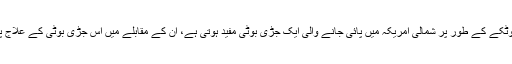
ایک تحقیق کے مطابق ان لوگوں کو جو یقین رکھتے ہیں کہ زکام سے بچاؤ‌کے لیے ہربل ٹوٹکے کے طور پر شمالی امریکہ میں پائی جانے والی ایک جڑی بوٹی مفید ہوتی ہے، ان کے مقابلے میں اس جڑی بوٹی کے علاج پر یقین نہ کرنے والوں کے مقابلے میں کم شدت کا اور کم عرصے کے لیے زکام ہوتا ہے۔